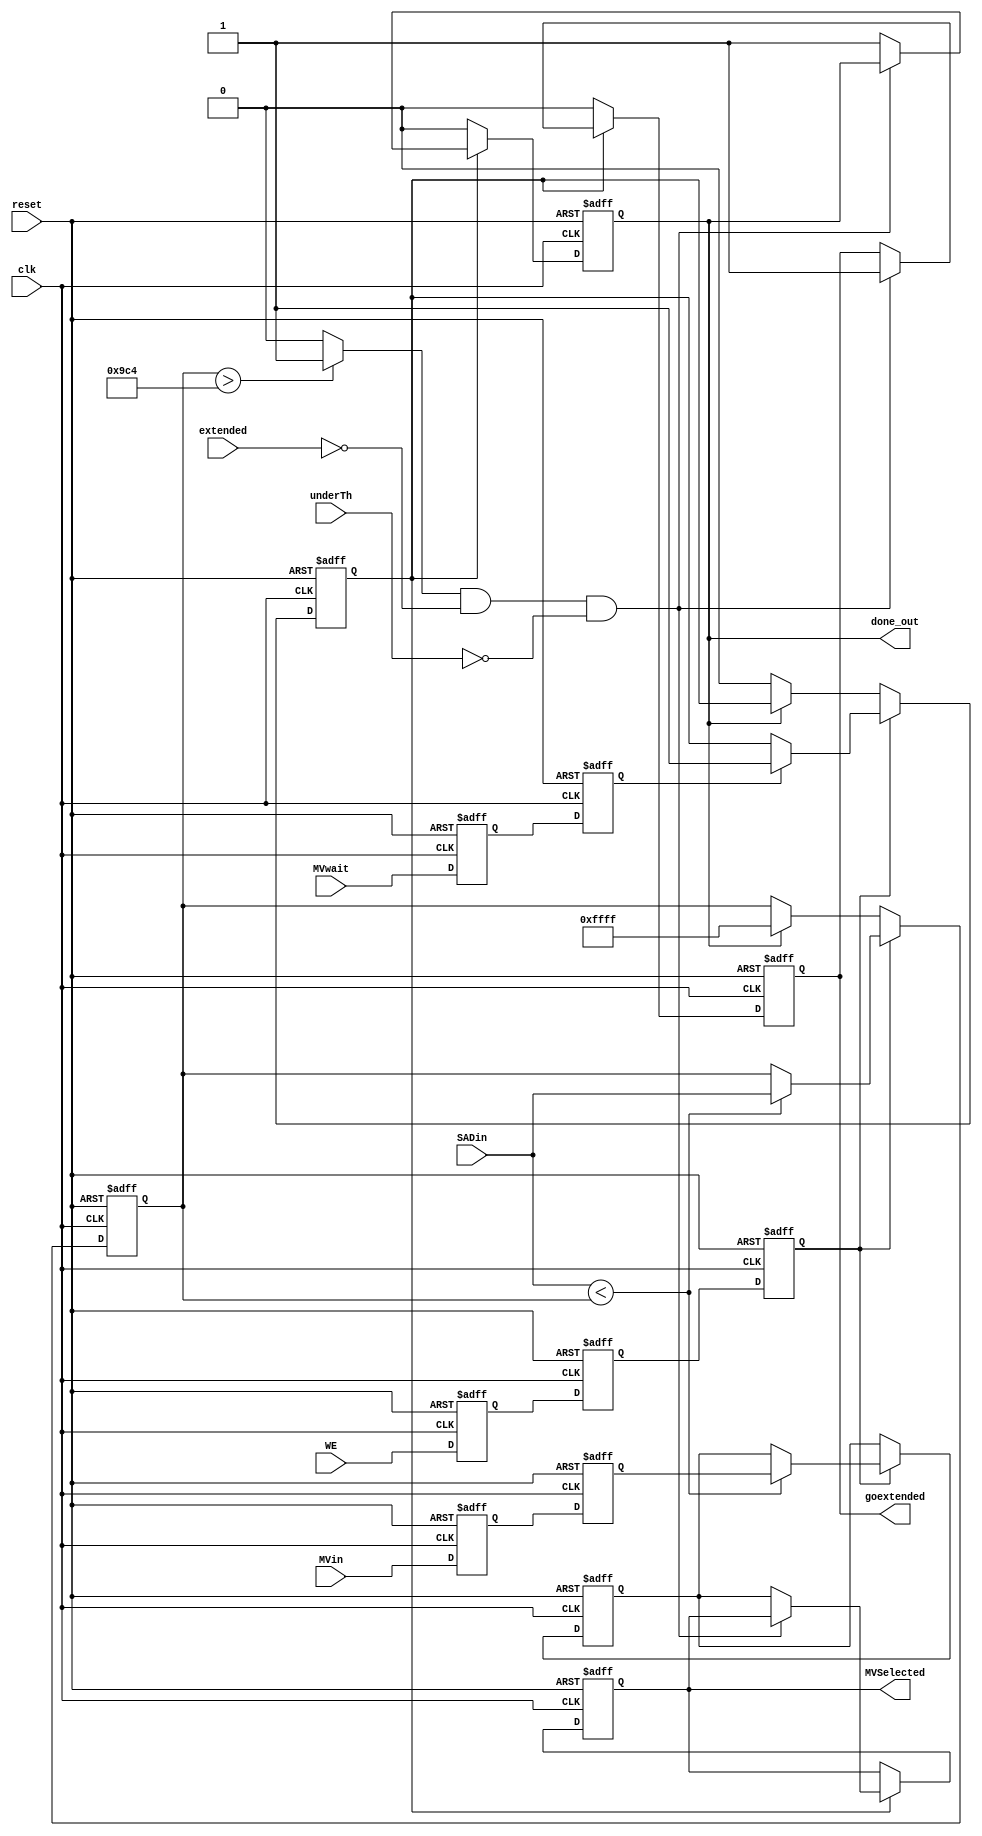
module MV_Selector(clk,reset,WE,SADin,MVin,MVSelected,/*SADSelected,*/done_out,MVwait,goextended,extended,underTh);
input clk,reset,WE,MVwait,extended,underTh;
input [15:0] SADin;
input [13:0] MVin;
//output reg [15:0] SADSelected;
output reg [13:0] MVSelected;

reg [15:0] SADmin;
reg [13:0] MVmin;

//reg [15:0] SADs [2:0];
//reg [13:0] MVs [2:0];
//reg [1:0] count;

reg WE_delay1, WE_delay2, WE_delay3,MVwait_delay1,MVwait_delay2;
reg [13:0] MV_delay1, MV_delay2, MV_delay3;
reg done;
output reg done_out, goextended;
wire check_ext;

assign check_ext = (SADmin > 2500) ? 1'b1 : 1'b0;

always @(posedge clk, posedge reset)
begin
    if (reset)
    begin
        WE_delay1 <= 0;
        WE_delay2 <= 0;
        WE_delay3 <= 0;
        MV_delay1 <= 0;
        MV_delay2 <= 0;
        MV_delay3 <= 0;
		MVwait_delay1 <= 0;
		MVwait_delay2 <= 0;
    end
    else
    begin
       WE_delay1 <= WE;
       WE_delay2 <= WE_delay1;
       WE_delay3 <= WE_delay2;
	   MVwait_delay1 <= MVwait;
	   MVwait_delay2 <= MVwait_delay1;
       MV_delay1 <= MVin;
       MV_delay2 <= MV_delay1;
       MV_delay3 <= MV_delay2;       
    end
end


always @(posedge clk, posedge reset)
begin
   if (reset)
   begin
		/*SADs[0] <= 16'hFFFF;
        MVs[0] <= 14'b0;
		SADs[1] <= 16'hFFFF;
        MVs[1] <= 14'b0;
		SADs[2] <= 16'hFFFF;
        MVs[2] <= 14'b0;*/
		SADmin <= 16'hFFFF;
		MVmin <= 0;
		done <= 1'b0;
	end
	else if (WE_delay3)
	begin
		//SADs[count] <= SADin;
		//MVs[count] <= MV_delay2;
		SADmin <= (SADin < SADmin) ? SADin : SADmin;
		MVmin <= (SADin < SADmin) ? MV_delay2 : MVmin;
		//if (WE_delay2)
		//count <= count + 1;
		//else
		//begin
			if (MVwait_delay2)
			begin
			//if (count == 1)
			//	SADs[2] <= 16'hFFFF;
			//count <= 2'b0;
			done <= 1'b1;
			end
		//end 
	end
	else if (done_out)
	begin
		//done <= 1'b0;
		SADmin <= 16'hFFFF;
	end
	else
		done <= 1'b0;
end

/*always @(posedge clk, posedge reset)
begin
	if(reset)
		count <= 3;
	else if (WE_delay2)
	begin
		count <= count + 1;
	end
	else if (WE_delay3 && MVwait)
	begin
		count <= 3;
	end
end*/

always @(posedge clk, posedge reset)
begin
    if (reset)
    begin
        //SADSelected <= 0;
        MVSelected <= 0;
		done_out <= 0;
		goextended <= 0;
    end
    //else if (count == 2)
    else if (done)
    begin
        if (check_ext && !extended && !underTh)
			goextended <= 1'b1;
		else
		begin
			//SADSelected <= SADmin;
			MVSelected <= MVmin;
			done_out <= 1;
		end
    end
	else
	begin
		done_out <= 0;
		goextended <= 0;
	end
end

/*always @(*)
begin
    if (SADs[0] <= SADs[1])
       if (SADs[0] <= SADs[2])
          begin
              SADmin = SADs[0];
              MVmin = MVs[0];
          end
       else
          begin
              SADmin = SADs[2];
              MVmin = MVs[2];
          end
    else
       if (SADs[1]<=SADs[2])
       begin
              SADmin = SADs[1];
              MVmin = MVs[1];
       end
       else
       begin
           SADmin = SADs[2];
           MVmin = MVs[2];
       end
end
*/
endmodule